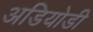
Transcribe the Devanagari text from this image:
अडियोडी